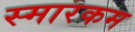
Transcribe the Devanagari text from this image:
स्मारकम